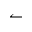
\leftharpoonup